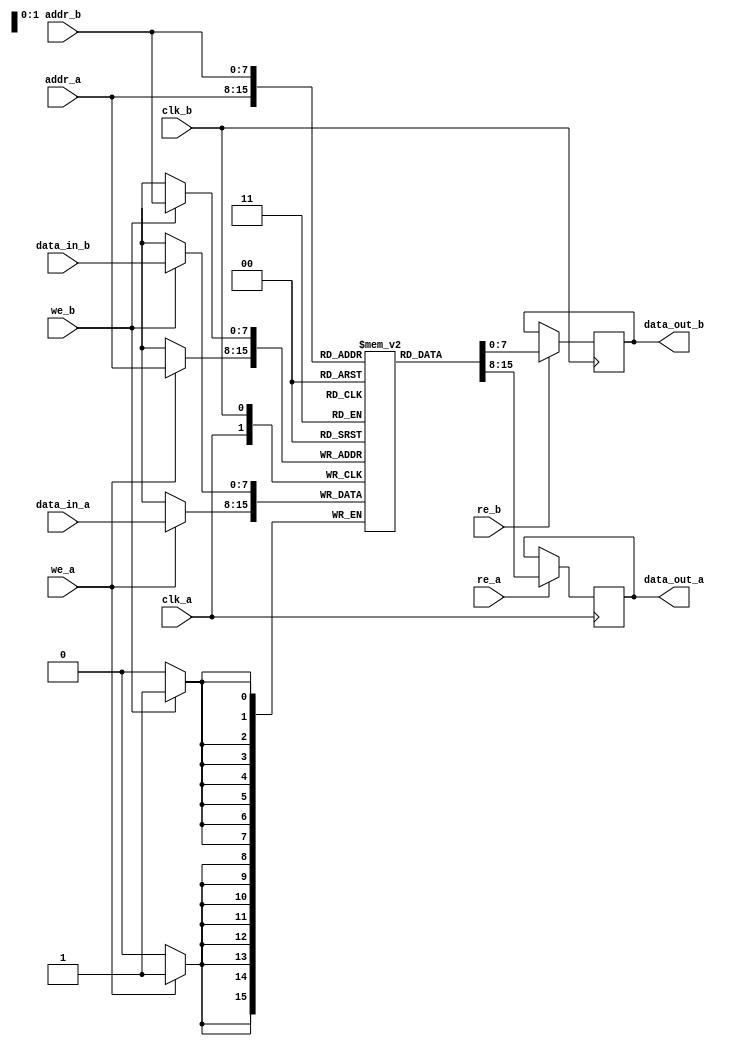
module dual_port_sram #(
    parameter DATA_WIDTH = 8,  // Width of each data entry
    parameter ADDR_WIDTH = 8,  // Width of address lines
    parameter DEPTH = 256       // Number of memory entries
)(
    input  wire                  clk_a,        // Clock for Port A
    input  wire                  clk_b,        // Clock for Port B
    input  wire [ADDR_WIDTH-1:0] addr_a,      // Address for Port A
    input  wire [ADDR_WIDTH-1:0] addr_b,      // Address for Port B
    input  wire [DATA_WIDTH-1:0] data_in_a,   // Data input for Port A
    input  wire [DATA_WIDTH-1:0] data_in_b,   // Data input for Port B
    input  wire                  we_a,         // Write Enable for Port A
    input  wire                  we_b,         // Write Enable for Port B
    input  wire                  re_a,         // Read Enable for Port A
    input  wire                  re_b,         // Read Enable for Port B
    output reg [DATA_WIDTH-1:0] data_out_a,   // Data output for Port A
    output reg [DATA_WIDTH-1:0] data_out_b    // Data output for Port B
);

    // Memory array declaration
    reg [DATA_WIDTH-1:0] memory [0:DEPTH-1];

    // Port A operations
    always @(posedge clk_a) begin
        if (we_a) begin
            // Write operation for Port A
            memory[addr_a] <= data_in_a;
        end
        if (re_a) begin
            // Read operation for Port A
            data_out_a <= memory[addr_a];
        end
    end

    // Port B operations
    always @(posedge clk_b) begin
        if (we_b) begin
            // Write operation for Port B
            memory[addr_b] <= data_in_b;
        end
        if (re_b) begin
            // Read operation for Port B
            data_out_b <= memory[addr_b];
        end
    end

endmodule